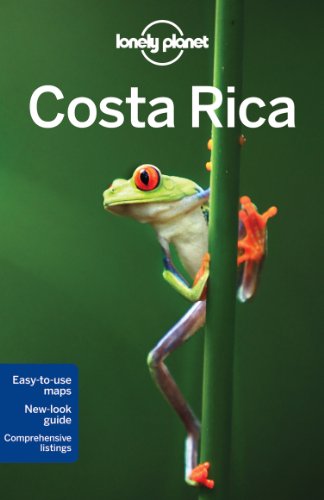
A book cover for Lonely Planet Costa Rica (Travel Guide); Lonely Planet; Travel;